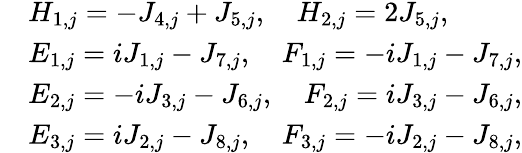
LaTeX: \begin{array}{rl}&{H_{1,j}=-J_{4,j}+J_{5,j},\quad H_{2,j}=2J_{5,j},}\\ &{E_{1,j}=iJ_{1,j}-J_{7,j},\quad F_{1,j}=-iJ_{1,j}-J_{7,j},}\\ &{E_{2,j}=-iJ_{3,j}-J_{6,j},\quad F_{2,j}=iJ_{3,j}-J_{6,j},}\\ &{E_{3,j}=iJ_{2,j}-J_{8,j},\quad F_{3,j}=-iJ_{2,j}-J_{8,j},}\end{array}